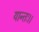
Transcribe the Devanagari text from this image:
यान्तः।।